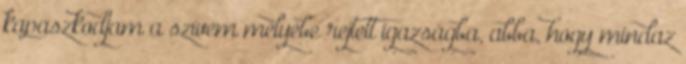
kapaszkodjam a szívem mélyébe rejtett igazságba, abba, hogy mindaz